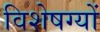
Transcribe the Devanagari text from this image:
विशेषग्यों